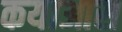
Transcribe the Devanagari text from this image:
कयाआस